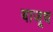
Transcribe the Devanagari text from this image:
बाजूच